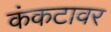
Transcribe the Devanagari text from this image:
कंकटावर